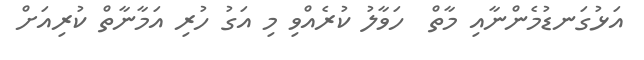
އަޅުގަނޑުމެންނާއި މާތް  ހަވާލު ކުރެއްވި މި އަގު ހުރި އަމާނާތް ކުރިއަށް